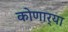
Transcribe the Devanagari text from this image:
कोणार्‍या